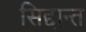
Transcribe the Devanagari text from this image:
सिद्दान्त